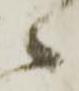
へ